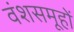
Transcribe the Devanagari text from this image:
वंशसमूहों